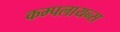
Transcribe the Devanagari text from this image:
कम्पलायन्स